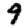
Digit: 9